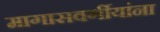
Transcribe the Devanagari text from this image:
मागासवर्गीयांना